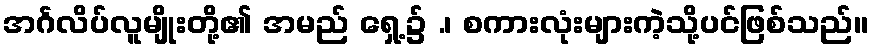
အင်္ဂလိပ်လူမျိုးတို့၏ အမည် ရှေ့၌ .၊ စကားလုံးများကဲ့သို့ပင်ဖြစ်သည်။